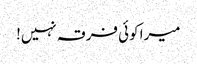
میرا کوئی فرقہ نہیں!